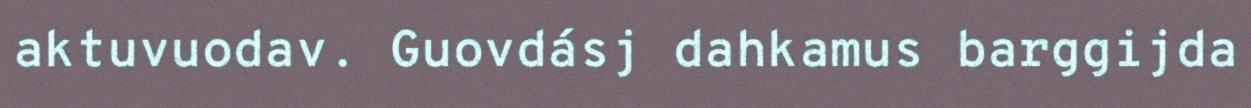
aktuvuodav. Guovdásj dahkamus barggijda